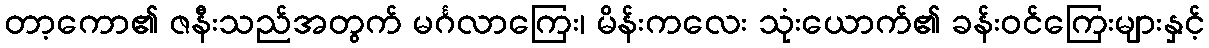
တာ့ကော၏ ဇနီးသည်အတွက် မင်္ဂလာကြေး၊ မိန်းကလေး သုံးယောက်၏ ခန်းဝင်ကြေးများနှင့်